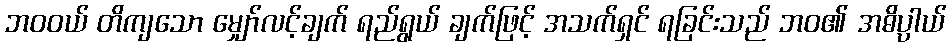
ဘဝဝယ် တိကျသော မျှော်လင့်ချက် ရည်ရွယ် ချက်ဖြင့် အသက်ရှင် ရခြင်းသည် ဘဝ၏ အဓိပ္ပာယ်